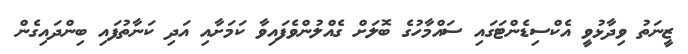
ޒީނަތު ވިދާޅުވީ އެކްސިޑެންޓަގައި ސައްމާހުގެ ބޮލަށް ގެއްލުންވެފައިވާ ކަމަށާއި އަދި ކަނާތުފައި ބިންދައިގެން